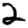
Digit: 2